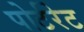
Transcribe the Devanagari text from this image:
पोर्टरेट